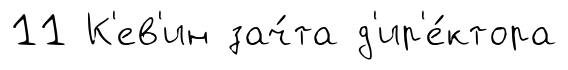
11 К'ев'ин зач́та д'ир'е́ктора